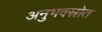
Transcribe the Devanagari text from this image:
अनुभवस्रोत